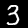
Label: 3